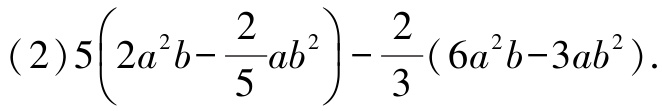
(2)$5\left(2a^{2}b - \dfrac{2}{5}ab^{2}\right)-\dfrac{2}{3}(6a^{2}b - 3ab^{2})$